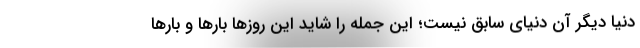
دنیا دیگر آن دنیای سابق نیست؛ این جمله را شاید این روزها بارها و بارها